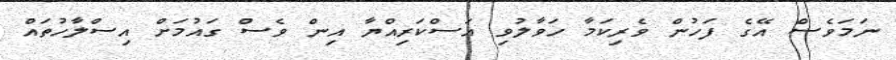
ނަމަވެސް އޭގެ ފަހުން ވެރިކަމާ ހަވާލުވި އަސްކަރިއްޔާ އިން ވެސް ގައުމަށް އިސްލާހުތައް